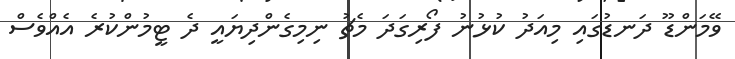
ވޭމަންޑޫ ދަނޑުގައި މިއަދު ކުޅުނު ފޯރިގަދަ މެޗު ނިމިގެންދިޔައީ ދެ ޓީމުންކުރެ އެއްވެސް